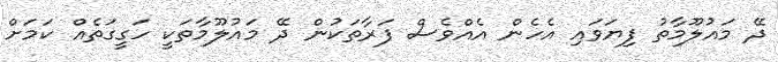
ދޭ މައުލޫމާތު ފިޔަވައި އެހެން އެއްވެސް ފަރާތަކުން ދޭ މައުލޫމާތަކީ ހަގީގަތެއް ކަމަށް